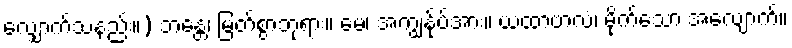
လျှောက်သနည်း။) ဘန္တေ၊ မြတ်စွာဘုရား။ မေ၊ အကျွန်ုပ်အား။ ယထာဗာလံ၊ မိုက်သော အလျောက်။